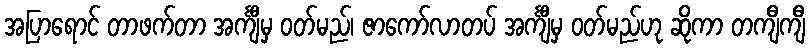
အပြာရောင် တာဖက်တာ အင်္ကျီမှ ဝတ်မည်၊ ဇာကော်လာတပ် အင်္ကျီမှ ဝတ်မည်ဟု ဆိုကာ တကျီကျီ